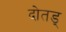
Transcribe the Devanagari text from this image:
दोतड्